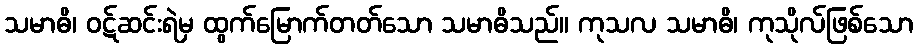
သမာဓိ၊ ဝဋ်ဆင်းရဲမှ ထွက်မြောက်တတ်သော သမာဓိသည်။ ကုသလ သမာဓိ၊ ကုသိုလ်ဖြစ်သော